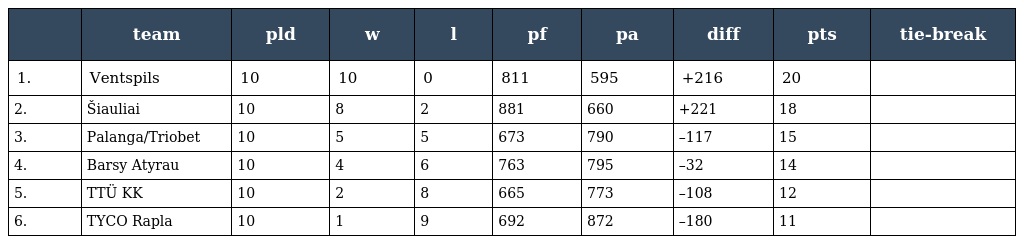
|  | team | pld | w | l | pf | pa | diff | pts | tie-break |
 | --- | --- | --- | --- | --- | --- | --- | --- | --- | --- |
 | 1. | Ventspils | 10 | 10 | 0 | 811 | 595 | +216 | 20 |  |
 | 2. | Šiauliai | 10 | 8 | 2 | 881 | 660 | +221 | 18 |  |
 | 3. | Palanga/Triobet | 10 | 5 | 5 | 673 | 790 | –117 | 15 |  |
 | 4. | Barsy Atyrau | 10 | 4 | 6 | 763 | 795 | –32 | 14 |  |
 | 5. | TTÜ KK | 10 | 2 | 8 | 665 | 773 | –108 | 12 |  |
 | 6. | TYCO Rapla | 10 | 1 | 9 | 692 | 872 | –180 | 11 |  |